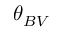
\theta _ { B V }